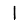
Digit: 1